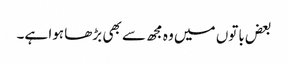
بعض باتوں میں وہ مجھ سے بھی بڑھا ہوا ہے۔